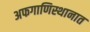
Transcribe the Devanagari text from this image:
अफगाणिस्थानात